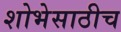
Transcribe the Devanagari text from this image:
शोभेसाठीच